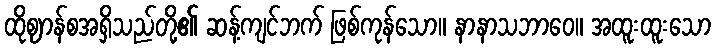
ထိုဈာန်စအရှိသည်တို့၏ ဆန့်ကျင်ဘက် ဖြစ်ကုန်သော။ နာနာသဘာဝေ။ အထူးထူးသော